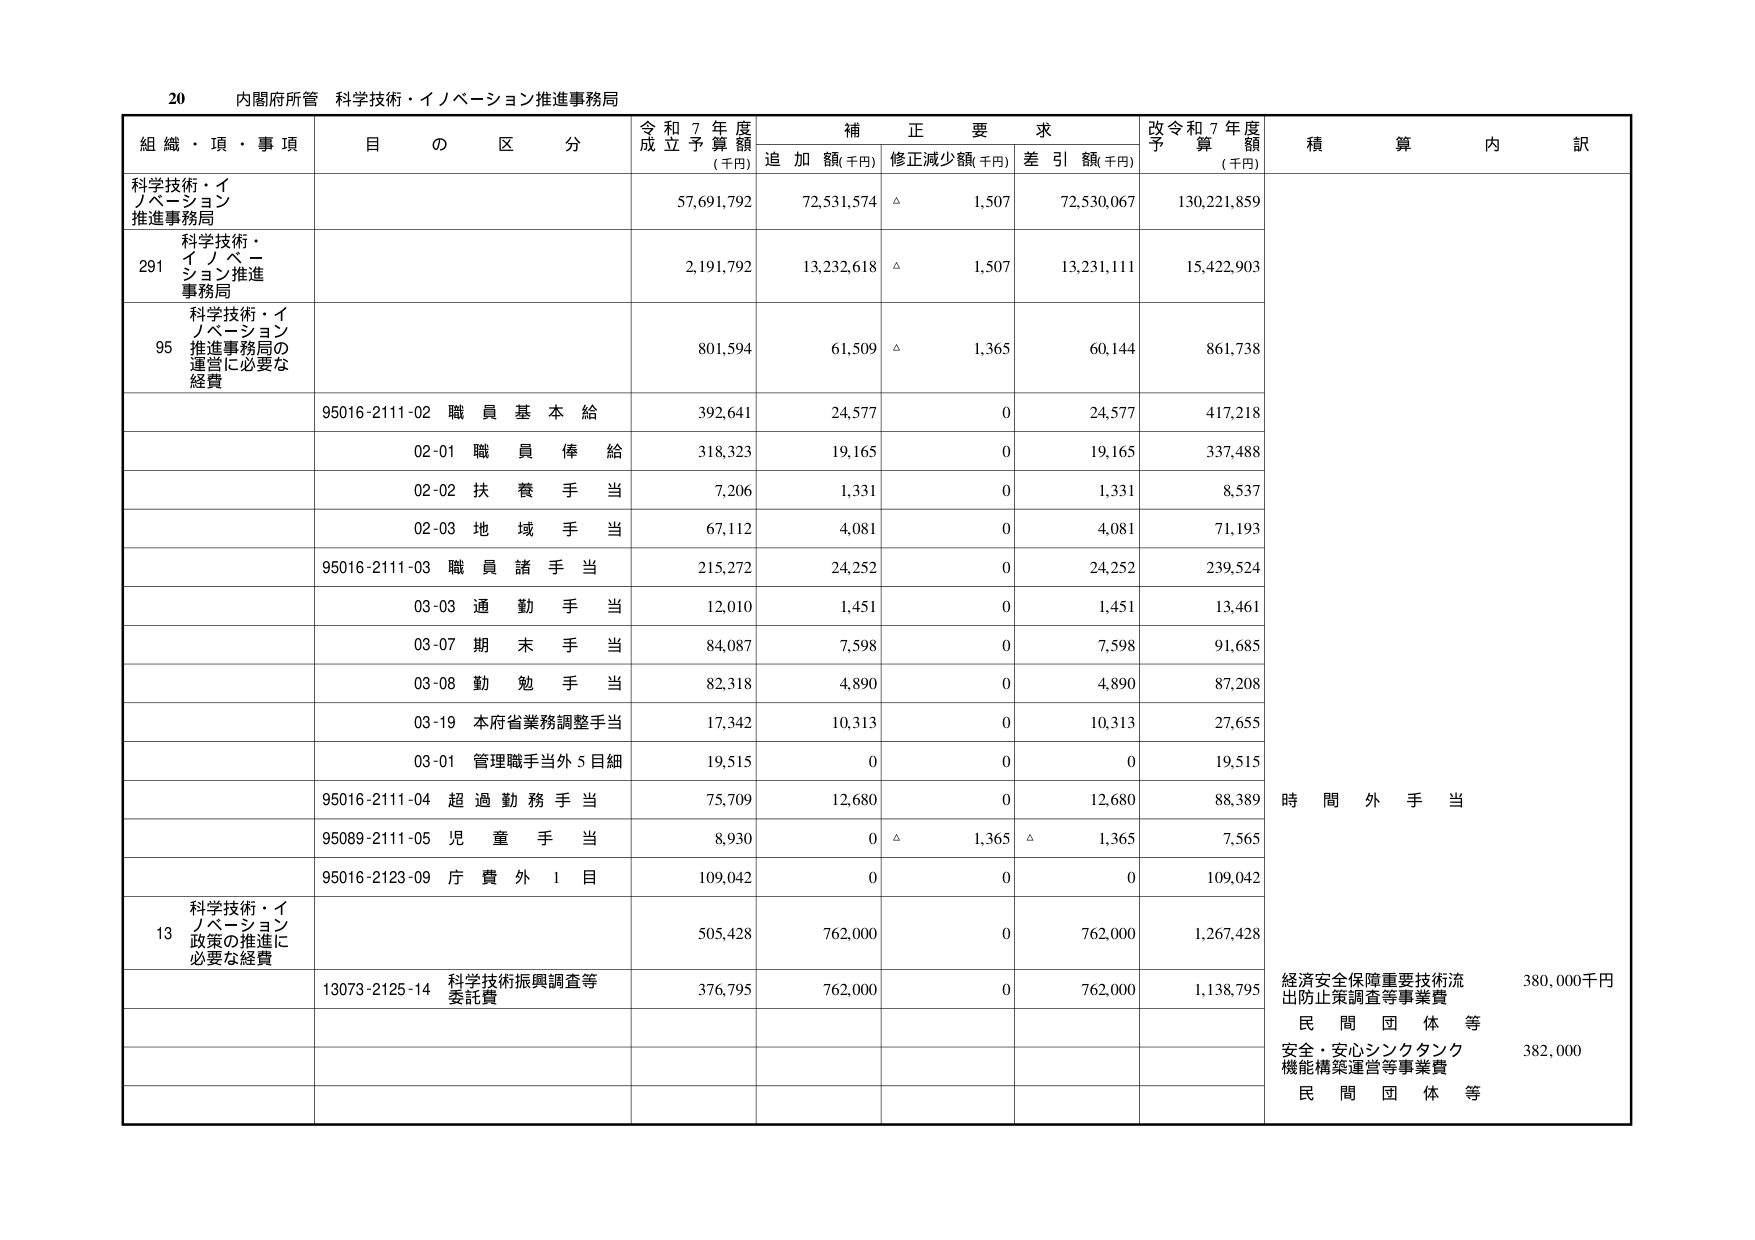
20 内閣府所管 科学技術・イノベーション推進事務局

組織・項・事項 目の区分 令和7年度成立予算額(千円) 補正要求 追加額(千円) 修正減少額(千円) 差引額(千円) 改令和7年度予算額(千円) 積算内訳

科学技術・イノベーション推進事務局 57,691,792 72,531,574 △ 1,507 72,530,067 130,221,859

291 科学技術・イノベーション推進事務局 2,191,792 13,232,618 △ 1,507 13,231,111 15,422,903

95 科学技術・イノベーション推進事務局の運営に必要な経費 801,594 61,509 △ 1,365 60,144 861,738

95016-2111-02 職員基本給 392,641 24,577 0 24,577 417,218

02-01 職員俸給 318,323 19,165 0 19,165 337,488

02-02 扶養手当 7,206 1,331 0 1,331 8,537

02-03 地域手当 67,112 4,081 0 4,081 71,193

95016-2111-03 職員諸手当 215,272 24,252 0 24,252 239,524

03-03 通勤手当 12,010 1,451 0 1,451 13,461

03-07 期末手当 84,087 7,598 0 7,598 91,685

03-08 勤勉手当 82,318 4,890 0 4,890 87,208

03-19 本府省業務調整手当 17,342 10,313 0 10,313 27,655

03-01 管理職手当外5目細 19,515 0 0 0 19,515

95016-2111-04 超過勤務手当 75,709 12,680 0 12,680 88,389

95089-2111-05 児童手当 8,930 0 △ 1,365 △ 1,365 7,565

95016-2123-09 庁費外1目 109,042 0 0 0 109,042

13 科学技術・イノベーション政策の推進に必要な経費 505,428 762,000 0 762,000 1,267,428

13073-2125-14 科学技術振興調査等委託費 376,795 762,000 0 762,000 1,138,795

時間外手当

経済安全保障重要技術流出防止策調査等事業費 380,000千円

民間団体等

安全・安心シンクタンク機能構築運営等事業費 382,000

民間団体等